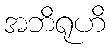
အဘိရုဟိ